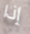
إذا